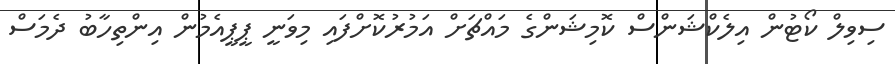
ސިވިލް ކޯޓުން އިލެކްޝަންސް ކޮމިޝަންގެ މައްޗަަށް އަމުރުކޮށްފައި މިވަނީ ޕީޕީއެމުން އިންތިހާބު ދެމަސް